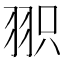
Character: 𦐖